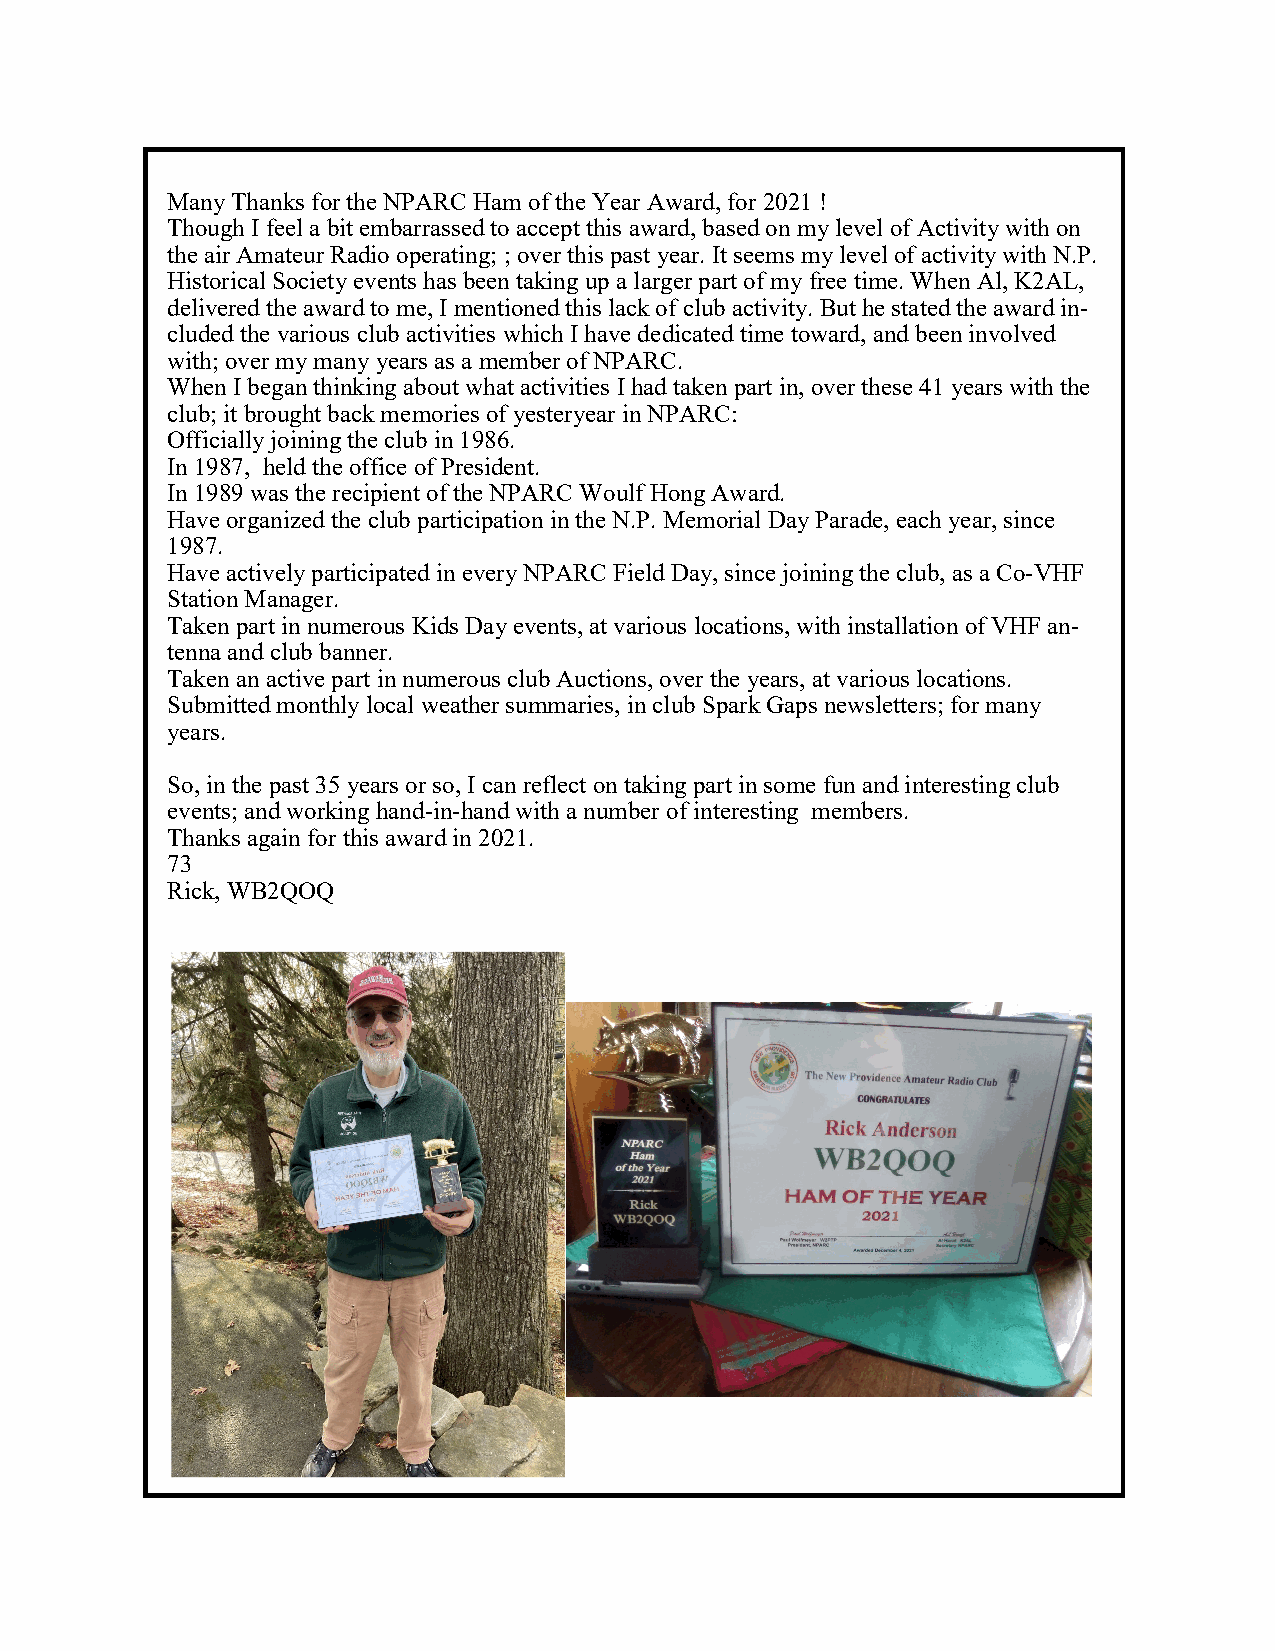
Many Thanks for the NPARC Ham of the Year Award, for 2021 !
 Though I feel a bit embarrassed to accept this award, based on my level of Activity with on
 the air Amateur Radio operating; ; over this past year. It seems my level of activity with N.P.
 Historical Society events has been taking up a larger part of my free time. When Al, K2AL,
 delivered the award to me, I mentioned this lack of club activity. But he stated the award in-
 cluded the various club activities which I have dedicated time toward, and been involved
 with; over my many years as a member of NPARC.
 When I began thinking about what activities I had taken part in, over these 41 years with the
 club; it brought back memories of yesteryear in NPARC:
 Officially joining the club in 1986.
 In 1987, held the office of President.
 In 1989 was the recipient of the NPARC Woulf Hong Award.
 Have organized the club participation in the N.P. Memorial Day Parade, each year, since
 1987.
 Have actively participated in every NPARC Field Day, since joining the club, as a Co-VHF
 Station Manager.
 Taken part in numerous Kids Day events, at various locations, with installation of VHF an-
 tenna and club banner.
 Taken an active part in numerous club Auctions, over the years, at various locations.
 Submitted monthly local weather summaries, in club Spark Gaps newsletters; for many
 years.
 So, in the past 35 years or so, I can reflect on taking part in some fun and interesting club
 events; and working hand-in-hand with a number of interesting members.
 Thanks again for this award in 2021.
 73
 Rick, WB2QOQ